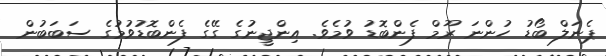
ޕެނަލް ބޯޑު ހުންނަ ރޫމް ފެންބޮޑު ވުމެވެ. އިންޖީނުގެ ގޭގެ ފެންބޮޑުވުމުގެ ސަބަބުން